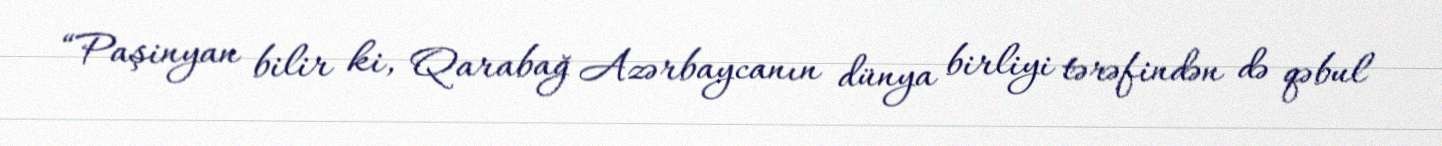
“Paşinyan bilir ki, Qarabağ Azərbaycanın dünya birliyi tərəfindən də qəbul